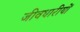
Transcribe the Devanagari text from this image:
जीवधारीयों